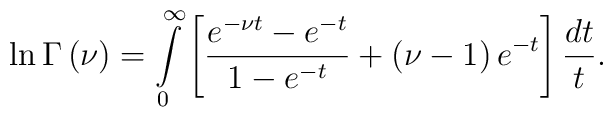
\ln \Gamma \left( \nu\right) =\int\limits_{0}^{\infty }\left[ \frac{e^{- \nu t}-e^{-t}}{1-e^{-t}}+\left( \nu-1\right)e^{-t}\right] \frac{dt}t .